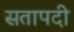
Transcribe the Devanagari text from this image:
सतापदी